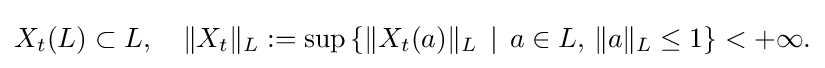
\displaystyle {X_{t}(L)\subset L,\quad \|X_{t}\|_{L}:=\sup \left\{\|X_{t}(a)\|_{L}\,\mid \,a\in L,\,\|a\|_{L}\leq 1\right\}<+\infty .}